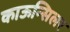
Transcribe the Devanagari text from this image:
काऊन्सिलर